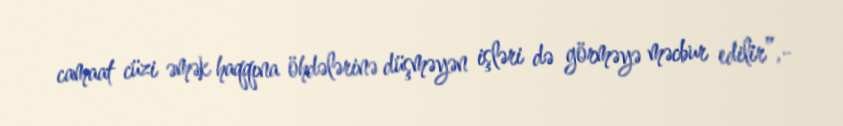
camaat cüzi əmək haqqına öhdələrinə düşməyən işləri də görməyə məcbur edilir”,-